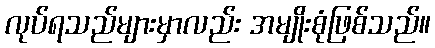
လုပ်ရသည်များမှာလည်း အမျိုးစုံဖြစ်သည်။